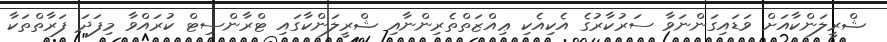
ޝްރީލަންކާއަށް ވަޑައިގަންނަވާ ސަރުކާރުގެ އެކިއެކި ޢިއްޒަތްތެރިންނާއި ޝްރީލަންކާގައި ޓްރާންސިޓް ކުރައްވާ މިފަދަ ފަރާތްތަކާ